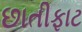
છાતીફાટ